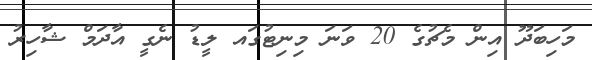
މަހިބަދޫ އިން މެޗުގެ 20 ވަނަ މިނިޓުގައ ލީޑު ނެގީ އާދަމް ޝާހިރު